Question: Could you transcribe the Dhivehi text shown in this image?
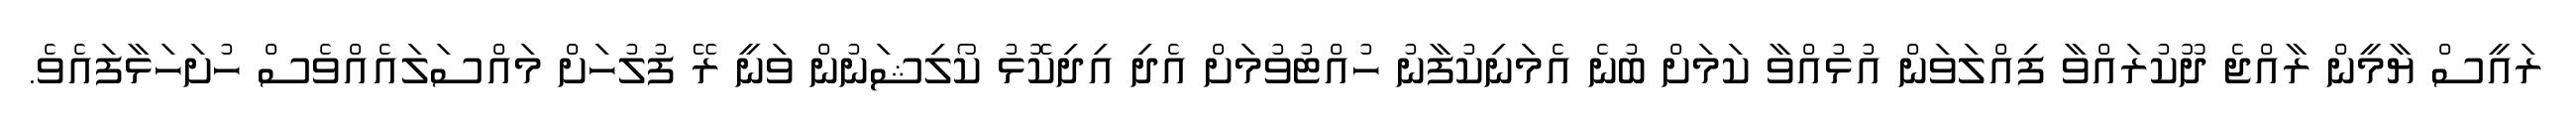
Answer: ރައީސް ޔާމީން ރާއްޖެ ދޫކުރައްވާ ފިއްލަވަން އުޅުއްވާ ކަމަށް ބުނެ އެމަނިކުފާނު ހުއްޓުވުމަށް އެދި އިދިކޮޅު ކޯލިޝަނުން ވަނީ ރޭ ފުލުހަށް މައްސަލައެއްވެސް ހުށަހަޅާފައެވެ.